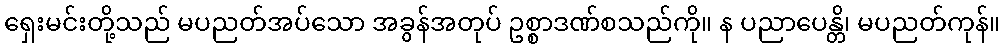
ရှေးမင်းတို့သည် မပညတ်အပ်သော အခွန်အတုပ် ဥစ္စာဒဏ်စသည်ကို။ န ပညာပေန္တိ၊ မပညတ်ကုန်။